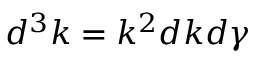
d ^ { 3 } k = k ^ { 2 } d k d \gamma